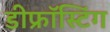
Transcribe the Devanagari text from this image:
डीफ्रॉस्टिंग